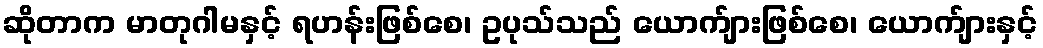
ဆိုတာက မာတုဂါမနှင့် ရဟန်းဖြစ်စေ၊ ဥပုသ်သည် ယောက်ျားဖြစ်စေ၊ ယောက်ျားနှင့်